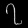
Digit: ၇